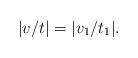
LaTeX: \begin{align*}|v/t|=|v_1/t_1|.\end{align*}